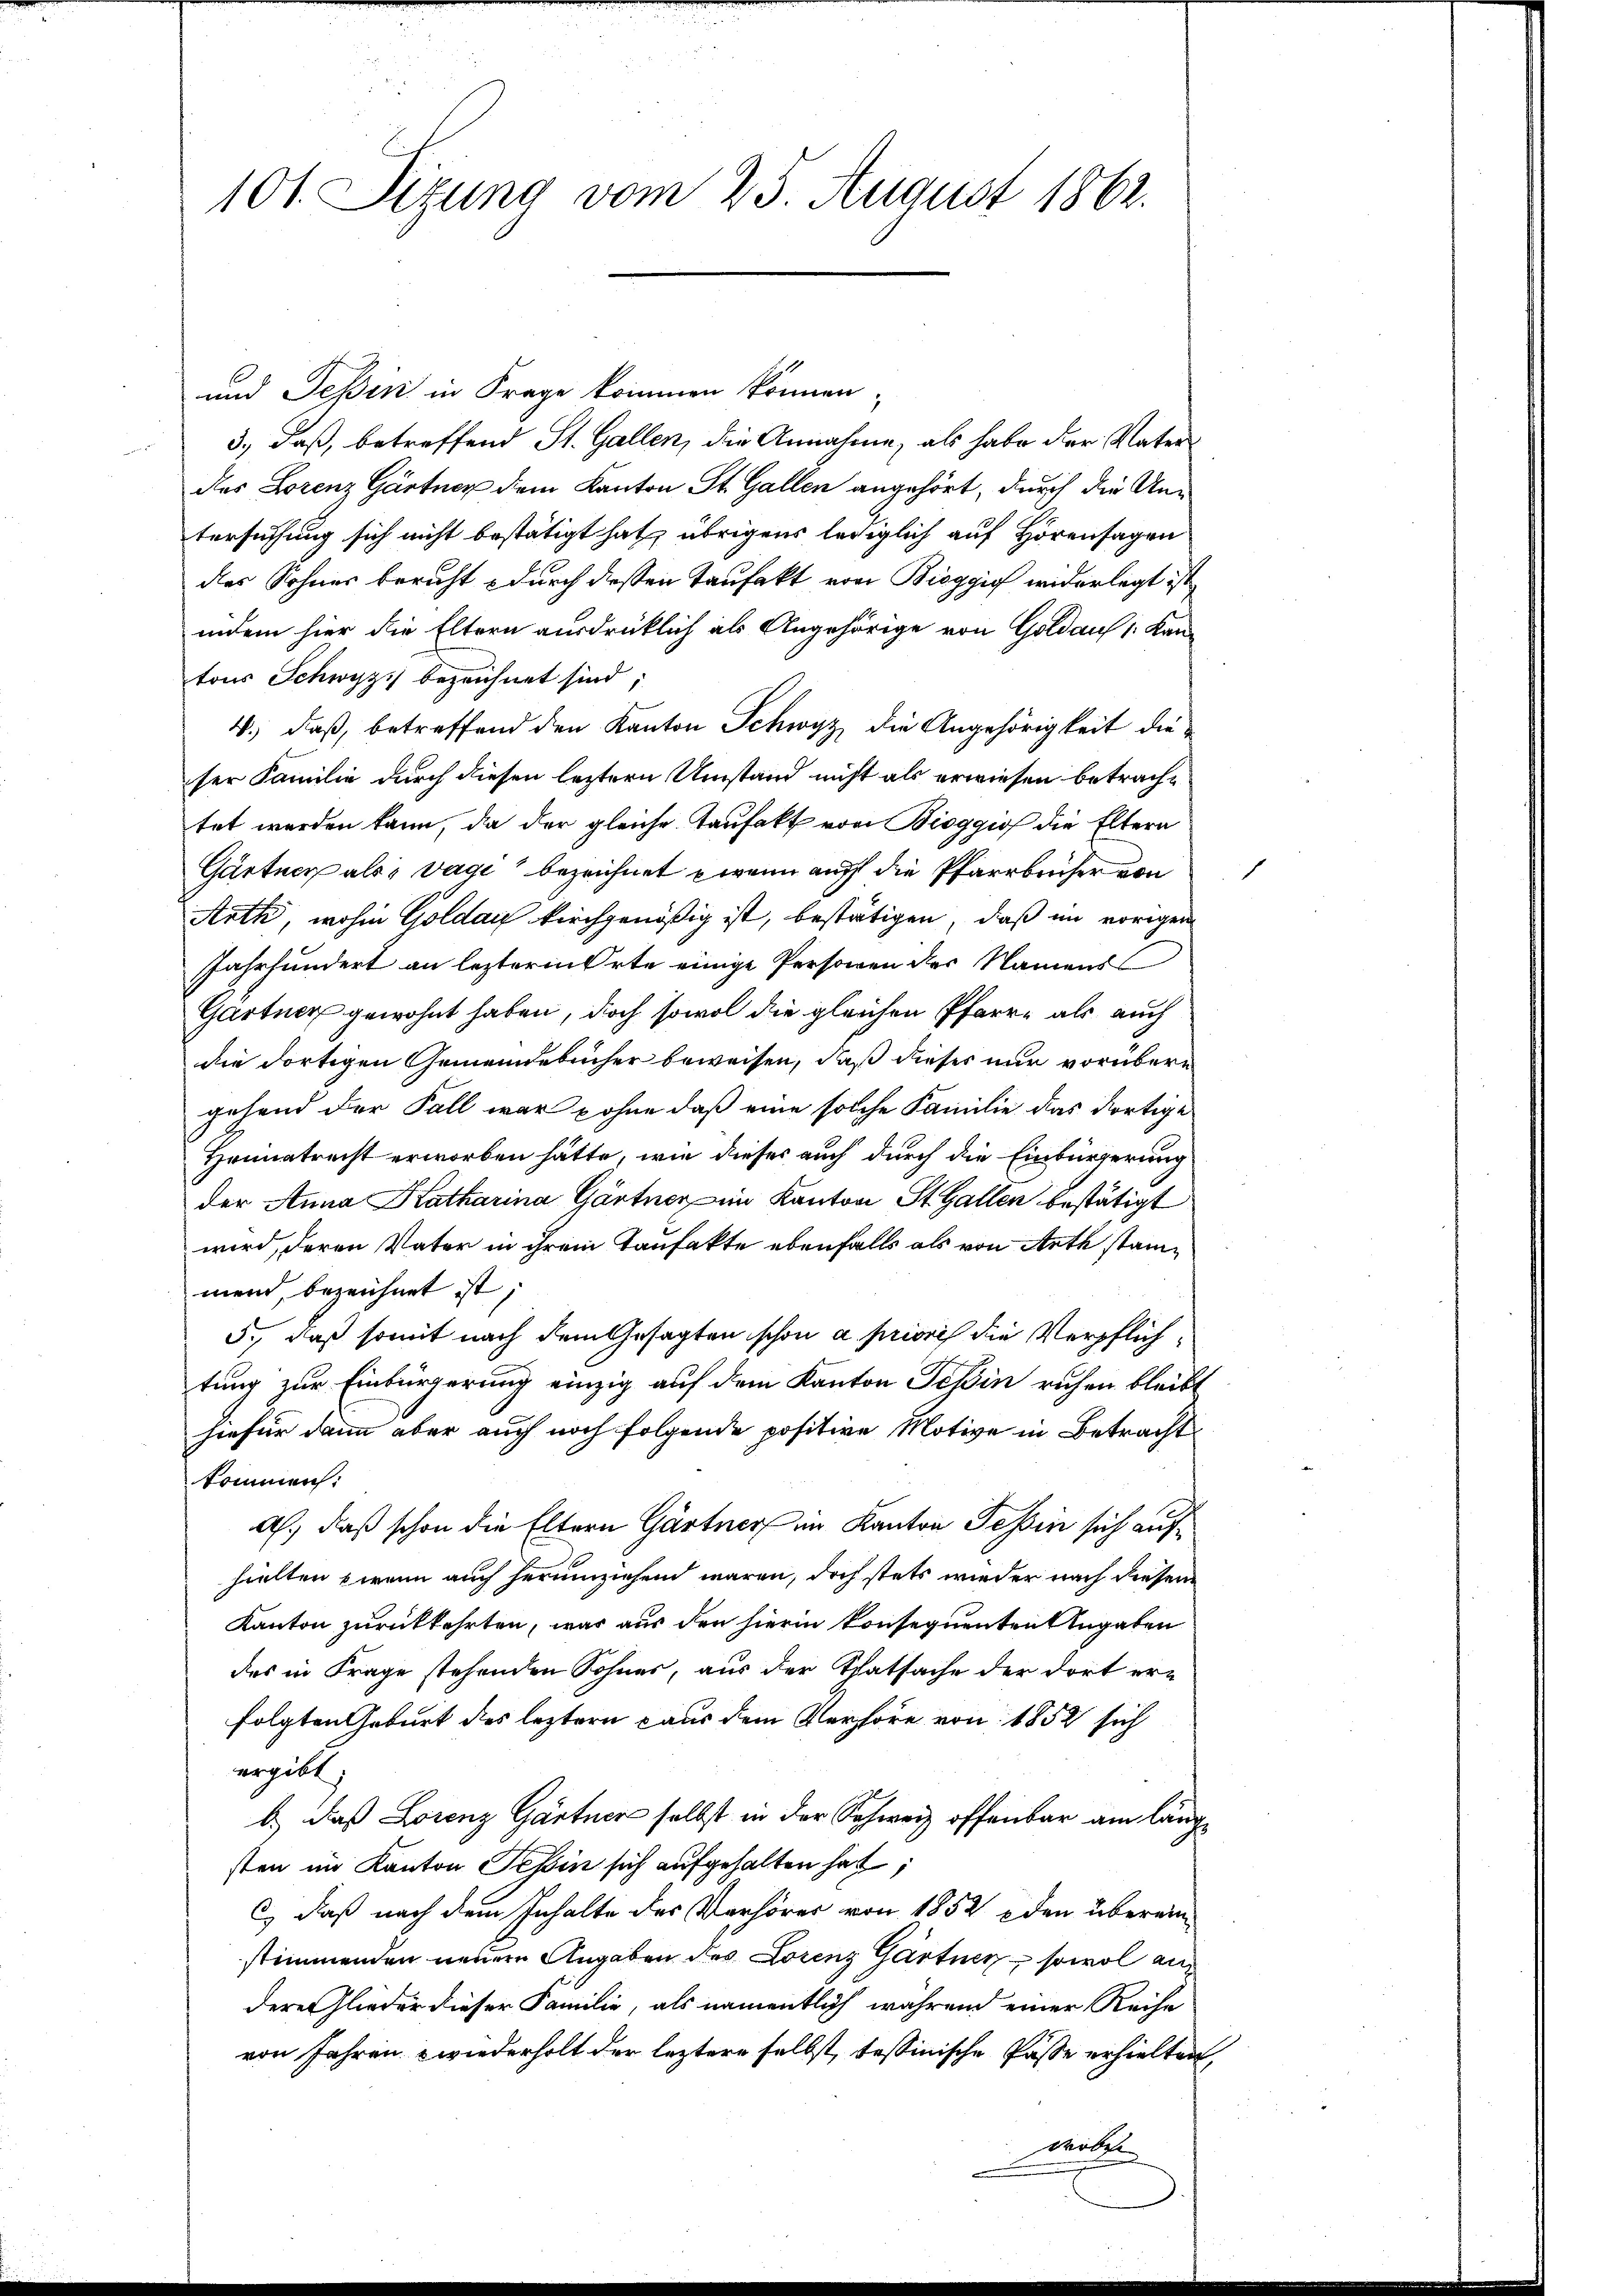
101. Sizung vom 25. August 1862.

und Tessin in Frage kommen können,
3.) daß, betreffend St. Gallen, die Annahme, als habe der Vater
des Lorenz Gärtner dem Kanton St. Gallen angehört, durch die Untersuchung sich nicht bestätigt hat, übrigens lediglich auf Hörensagen
der Sohnes beruht durch dessen Taufakt von Bieggis widerlegt ist,
indem hier die Eltern ausdrücklich als Angehörige von Goldau (: Kan-
tons Schwyz, bezeichnet sind,
4., daß, betreffend den Kanton Schwyz die Angehörigkeit dieser Familie durch diesen leztern Umstand nicht als erwiesen betrachtet werden kann, da der gleiche Taufakt von Bioggio die Eltern
Gärtner als Tage bezeichnet wann auf die Pfarrbücher von
Arth, wohin Goldau kirchgenößig ist, bestätigen, daß im vorigen
Jahrhundert an lezterm Orte einige Personen der Namens
Gartner gewohnt haben, doch sowol die gleichen Pfarre als auch
die dortigen Gemeindebücher beweisen, daß dieser nur vorübergehend der Fall war ohne daß eine solche Familie das dortige
Heimatrecht erworben hätte, wie dieses auch durch die Einbürgerung
der Anna Katharina Gärtner im Kanton St. Gallen bestätigt
wird, deren Vater in ihrem Kaufakte ebenfalls als von Arth stammend, bezeichnet ist;
5., daß somit nach dem Gesagten schon a prioris die Verpflichtung zur Einbürgerung einzig auf dem Kanton Teßin ruhen bleibt
hiefür dann aber auch noch folgende positive Motive in Betracht
kommen:
A., daß schon die Eltern Gärtner im Kanton Tessin sich aufhielten wenn auch herumziehend waren, doch stets wieder nach diesem
Kanton zurückkehrten, was aus den hierin konsequenten Angaben
des in Frage stehenden Sohnes, aus der Thatsache der dort er-
folgten Geburt des leztern aus dem Verhöre von 1852 sich
ergibt.
b.) daß Lorenz Gärtner selbst in der Schweiz offenbar am längsten im Kanton Teßin sich aufgehalten hat,
C) daß nach dem Inhalte des Verhörer von 1852 den überein
stimmenden neuen Angaben des Lorenz Gärtner, sowol an
dere Glieder dieser Familie, als namentlich während einer Reihe
von Jahren wiederholt der leztere selbst, tessinische Pässe erhielten,
wertel